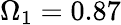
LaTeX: \Omega_{1}=0.87